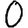
Digit: 0